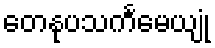
တေနုပသင်္ကမေယျုံ